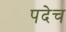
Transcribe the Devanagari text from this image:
पदेच